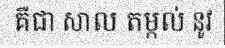
គឺជា សាល តម្កល់ នូវ